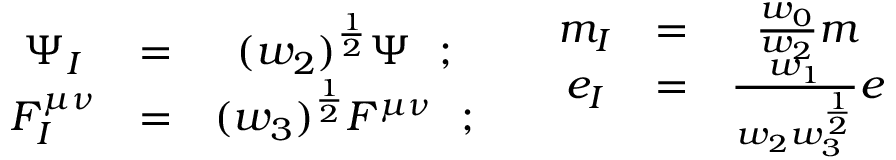
\begin{array} { c c c } { { \Psi _ { I } } } & { { = } } & { { ( w _ { 2 } ) ^ { \frac { 1 } { 2 } } \Psi ~ ~ ; } } \\ { { F _ { I } ^ { \mu \nu } } } & { { = } } & { { ( w _ { 3 } ) ^ { \frac { 1 } { 2 } } F ^ { \mu \nu } ~ ~ ; } } \end{array} \quad \begin{array} { c c c } { { m _ { I } } } & { { = } } & { { \frac { w _ { 0 } } { w _ { 2 } } m } } \\ { { e _ { I } } } & { { = } } & { { \frac { w _ { 1 } } { w _ { 2 } w _ { 3 } ^ { \frac { 1 } { 2 } } } e } } \end{array}